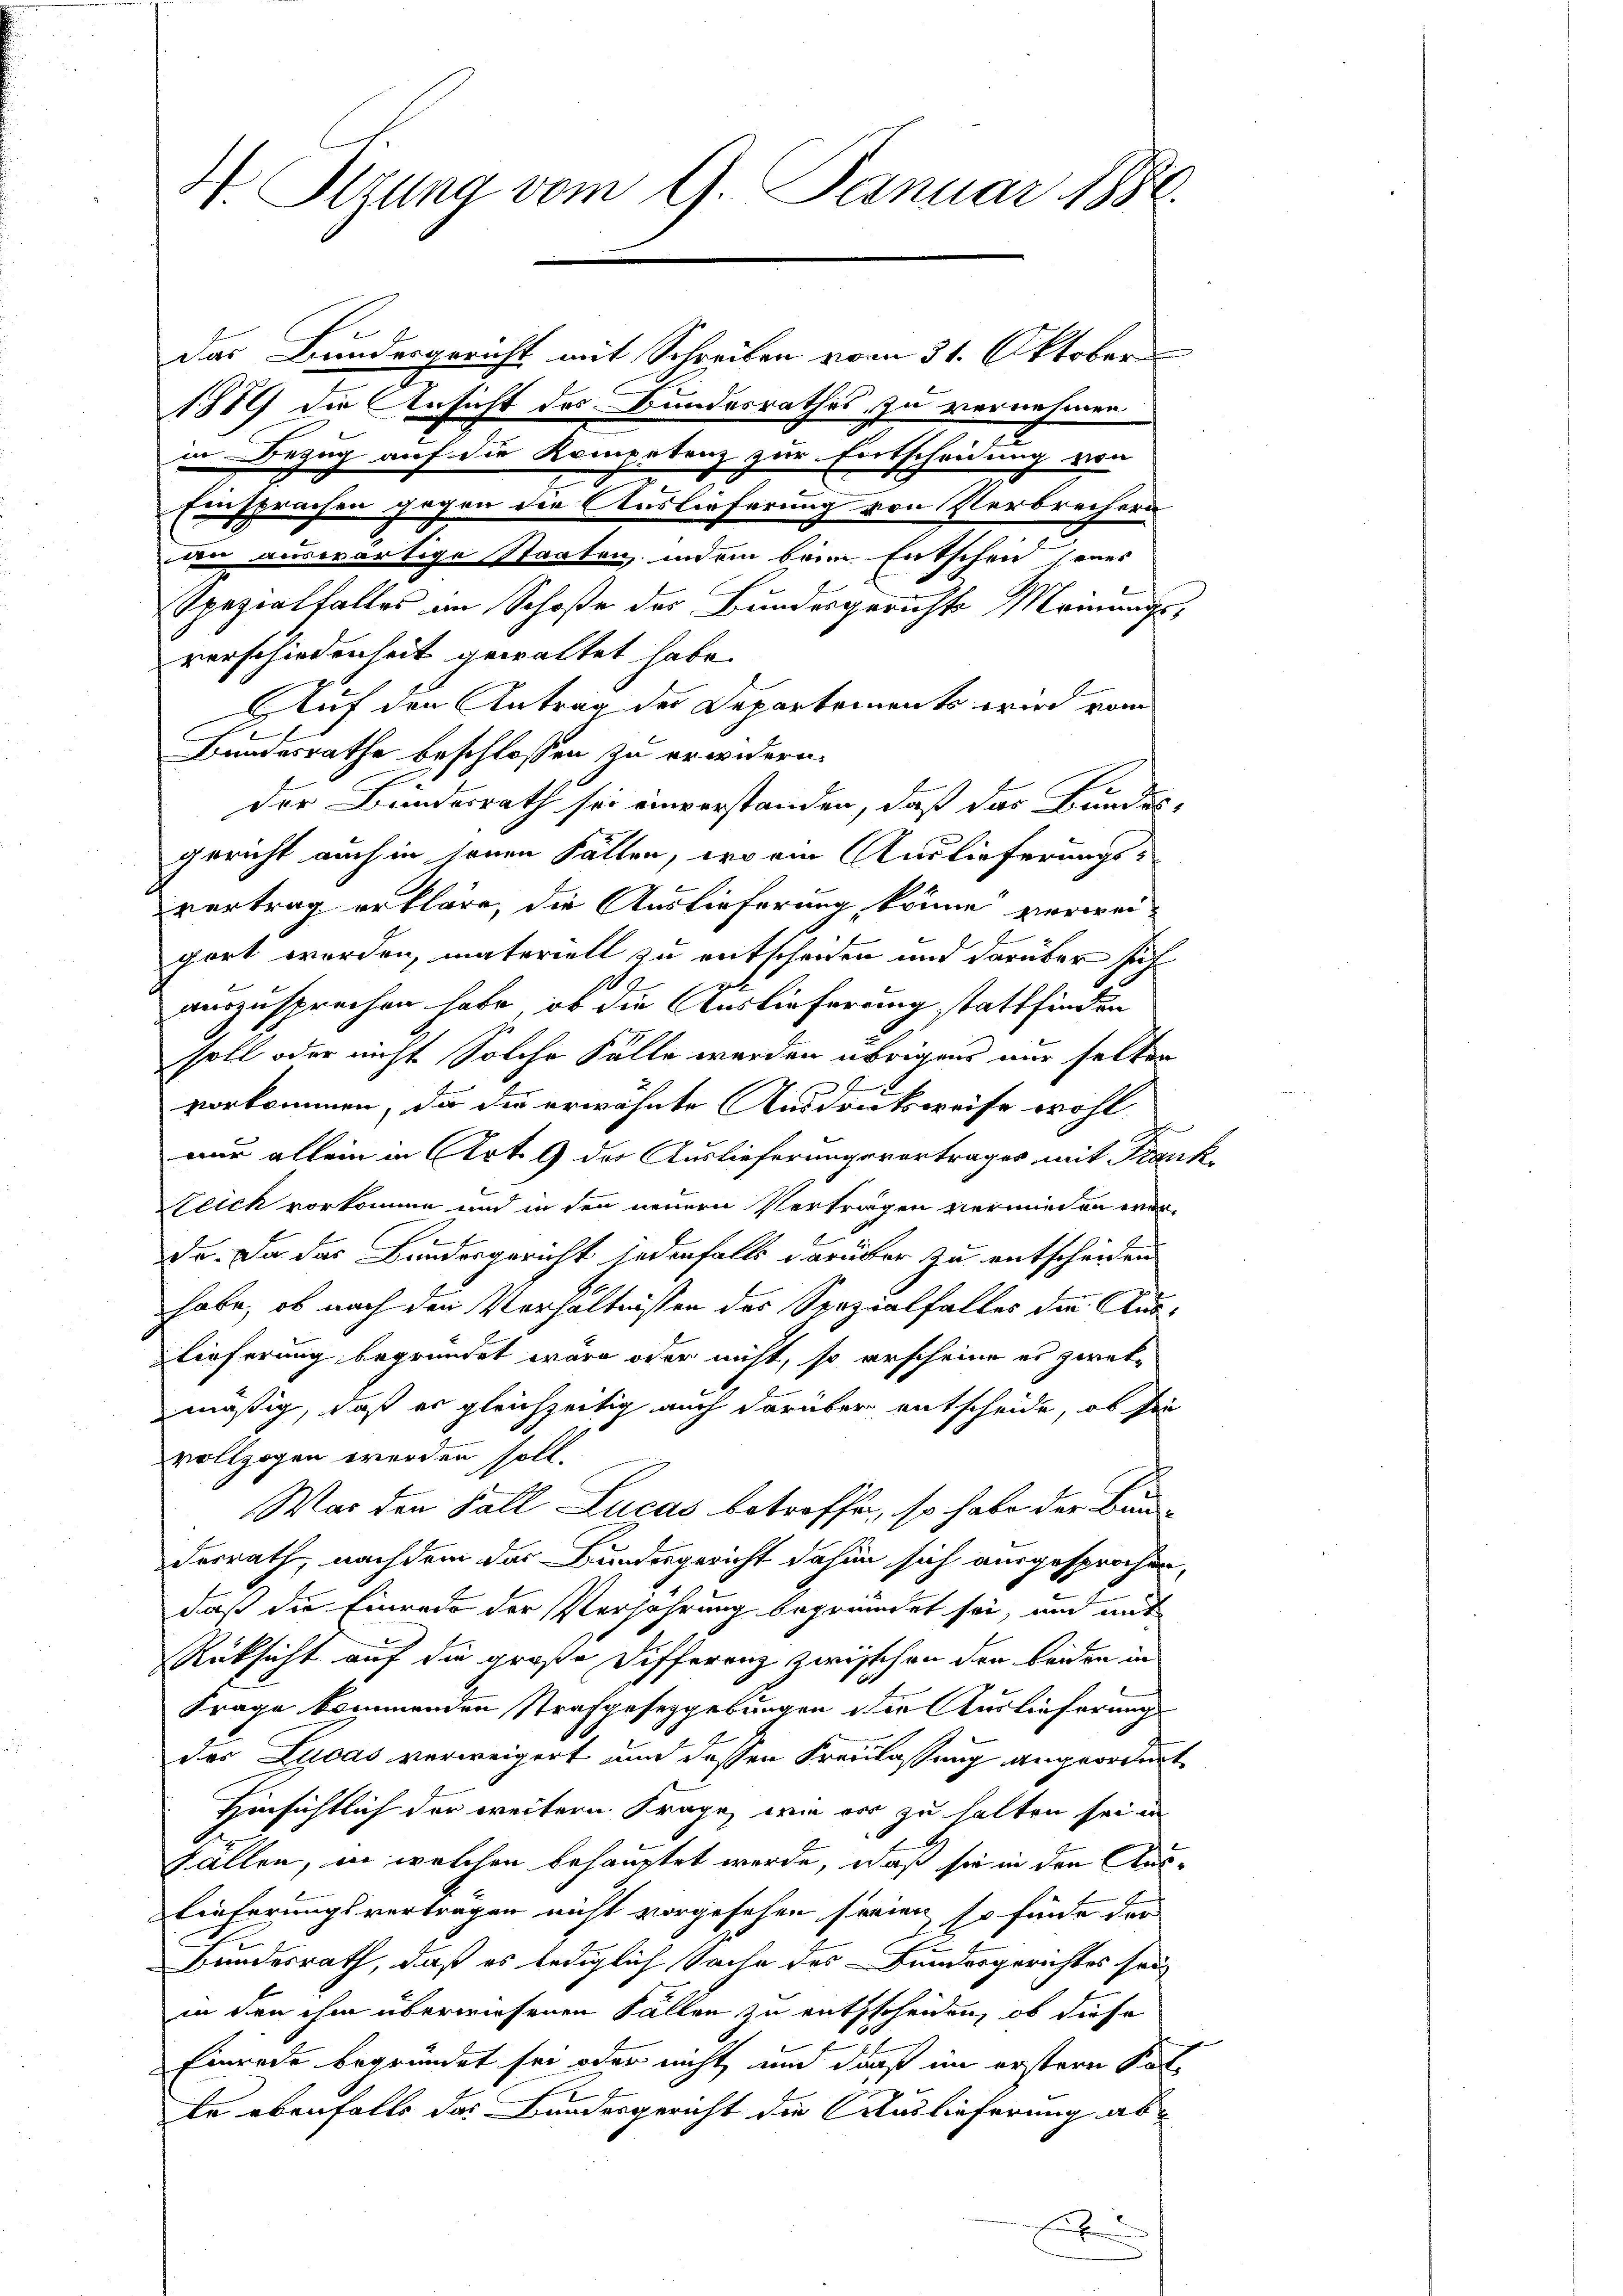
H. Otzung vom 9. Januar 1881.
Das Bundesgericht mit Schreiben vom 31. Oktober

1889 die Ansicht des Bundesrathes zu vernehmen
den auswärtige Staaten, indem beim Entscheid seines
Spezialfalles im Schoße des Bundesgerichts Meinungs-
verschiedenheit gewaltet habe.
Auf den Antrag des Departements wird vom
Bundesrathe beschlossen zu erwidern.
der Bundesrath sei einverstanden, daß das Bundes-
gericht auch in seinen Fällen, er am Auslieferungs-
vertrag erkläre, die Auslieferung könne verweiport worden, materiell zu entscheiden und darüber sich
1
auszusprechen habe, ob die Auslieferung stattfinden
soll oder nicht Solche Fälle werden übrigens nur selter

vorkommen, da die erwähnte Ausdrucksweise wohl,
nur allein in Art. 9 der Auslieferungsvortrages mit Frank¬
Leich vorkomme und in den neuern Verträgen vermieden war-
de. Da das Bundesgericht jedenfalls darüber zu entscheiden
habe, ob nach den Verhältnissen des Spezialfalles die Auslieferung begründet wäre oder nicht, so erscheine es zwekmäßig, daß er gleichzeitig auch darüber entscheide, ob sie
vollzogen werden soll.
War den Fall Lucas betreffen, so habe der Bau-
desrath, nachdem das Bundesgericht dahin sich ausgesprochen,
daß die Einrede der Verjährung begründet sei, und mit
Rüksicht auf die große Differenz zwischen den Leiden in
Frage kommenden Strafgesetzgebungen der Auslieferung
des Lucas verweigert und dessen Freilassung angeordnet
Hinsichtlich der weitern Frage, wie er zu halten seien
Fällen, in welchen behauptet werde, daß sie in den Auslieferungsverträgen nicht vorgesehen seien, so finde der
n
Bundesrath, daß es lediglich Sache des Bundesgerichtes sei,
in den ihm überwiesenen Fällen zu entsscheiden, ob diese
Einrede begründet sei oder nicht und darf im erstern Kal¬
Ee ebenfalls das Bundesgericht die Auslieferung ab¬
2

in Bezug auf die Kompetenz zur Entscheidung von

Einsprachen gegen die Auslieferung von Verbrechern